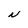
Character: N